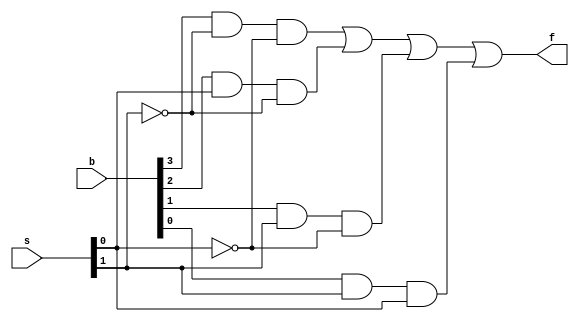
/*
    ID : 1200546
    SECTION : 2
*
*
*/

`timescale 1ns/1ns // to make ns is the default time unit





/*

    Gate
Delay


Inverter        
3 ns


NOR
5 ns


AND
7 ns


OR
7 ns


XNOR
9 ns


XOR
11 ns




*/


module MUX4X1(f,s, b);

    // TIME NEEDED 3 + 7 +7 >= 17 
    input  [0:3] b;
    input [1: 0] s;
    output  f;

    wire [0:3] w;
    wire ns1,ns0; // not s1, not s0

    not #3 (ns1, s[1]);
    not #3 (ns0, s[0]);

    and #7 (w[0] , b[0], ns1 ,ns0) , (w[1] , b[1], s[0] ,ns1), (w[2] , b[2], s[1] ,ns0), (w[3] , b[3],s[1], s[0]); 

    or #7  (f, w[0], w[1], w[2], w[3]);


endmodule

module TSTMUX4;

    reg [0:3] b;
    reg [1: 0] s;
    wire f;
    MUX4X1 tst (.b(b), .s(s), .f(f)) ; // order doesn't matter
    

    initial begin

        $display(" MUX TEST BENCH");

        // $monitor("Time %0d select= %b input = %b OUT= %b\n",$time,s,b,f);
        {s} = 2'b00;
        b = 4'b1010;

        repeat(4) begin

            #21 {s} = {s} + 2'b01; // 1 ns diff between each iteration priting the value  

        end
      

    end

    always #20 $display("Time %0d select= %b input = %b OUT= %b\n",$time,s,b,f); // 20 > 17(mux toal delation )
    always #85 $finish; // 4 cases each case 20 ns  = 80 ns, 85 ns > 80 ns




endmodule


//===================== FULL ADDER ============================
module FULLADDER(sum, cout , a, b, cin);
    
    input a, b, cin;
    output sum, cout;

    wire z1,z2,z3;

    xor #11 (sum,a,b,cin);

    and #7 (z1, a, b);
    and #7 (z2, a, cin);
    and #7 (z3, b, cin);

    or #7 (cout, z1,z2,z3);
    


endmodule



module FA_TEST;

    reg Tcin,Ta,Tb;
    wire Tsum,Tcout;

    FULLADDER DUMMY(.sum(Tsum), .cout(Tcout), .a(Ta), .b(Tb), .cin(Tcin));

    initial  begin
        $display("FULL ADDER TST BENCHMARK");
        // total time must be > 25 ns
        {Tcin,Ta,Tb} = 3'b000;


        repeat(7) begin
            #26 {Tcin,Ta,Tb} = {Tcin,Ta,Tb} +  3'b001;
        end  
          
        
    end
    always #25 $display("Time %0d input = %b %b %b SUM= %b CARRY = %b\n",$time,Ta,Tb,Tcin,Tsum,Tcout); // 1 sec diff between  changing of Ta and Tb and Tcin and printing the value 
    always #500 $finish;




endmodule


//===================== 4 bit  ADDER ============================

module IV_BIT_ADDER(sum,cout,a,b,cin);

    input cin;
    input [3:0] a,b;
    output [3:0] sum;
    output cout;
    wire [2:0] w;

    FULLADDER FA0(.sum(sum[0]), .cout(w[0]), .a(a[0]), .b(b[0]), .cin(cin));
    FULLADDER FA1(.sum(sum[1]), .cout(w[1]), .a(a[1]), .b(b[1]), .cin(w[0]));
    FULLADDER FA2(.sum(sum[2]), .cout(w[2]), .a(a[2]), .b(b[2]), .cin(w[1]));
    FULLADDER FA3(.sum(sum[3]), .cout(cout), .a(a[3]), .b(b[3]), .cin(w[2]));
    

endmodule


module TST_IV_BIT_ADDER; // CHECK FOR BETTER DELAY 

    reg cin;
    reg [3:0] a,b;
    wire [3:0] sum;
    wire cout;

    IV_BIT_ADDER DUMMY(.sum(sum), .cout(cout), .a(a), .b(b), .cin(cin));
  
  	// initial begin 
    //   $dumpfile("dump.vcd"); //FOR ONLINE SIMULATION STUFF
    //   $dumpvars(1);
      
      
    // end

    initial begin
        
        $display("4 BIT ADDER TST BENCHMARK2");

        a = 4'b0000;
        b = 4'b0000;
        cin = 1'b0;

        #70 a = 4'b1111; 
        #70 b = 4'b1001;
        #70 cin = 1'b1;

    end
    always #69 $display("Time %0d input = %b %b %b SUM= %b CARRY = %b\n",$time,a,b,cin,sum,cout); // 1 sec diff between  changing of Ta and Tb and Tcin and printing the value
    always #300 $finish;



endmodule
//===================== SYSTEM============================

module SYSTEM(d,cout,a,b,s,cin);

    input cin;
    input [3:0] a,b;
    input [1:0] s;
    output [3:0] d;
    output cout;
    // wire [2:0] c;
    wire [3:0] y;
    

    MUX4X1 mux0(.b({b[0],~b[0],1'b0,1'b1}), .s(s), .f(y[0]));    
    MUX4X1 mux1(.b({b[1],~b[1],1'b0,1'b1}), .s(s), .f(y[1]));    
    MUX4X1 mux2(.b({b[2],~b[2],1'b0,1'b1}), .s(s), .f(y[2]));    
    MUX4X1 mux3(.b({b[3],~b[3],1'b0,1'b1}), .s(s), .f(y[3]));    
    
    IV_BIT_ADDER ADDER4(.sum(d), .cout(cout), .a(a), .b(y), .cin(cin));


endmodule



// ===================== Carry look ahead adder ============================

module CLA_ADDER(S , Cout , A , B , Cin); // SOURCE OF EQUATIONS : https://www.geeksforgeeks.org/carry-look-ahead-adder/

    input [3:0]A;
    input [3:0]B; 
    input Cin;
    
    output Cout; 
    output[3:0]S; // sum
    
    wire [3:1]C;// C[i + 1 ]  = G[i]  + P[i]& c[i] ,  c[0] = cin

    wire [0:3]P; // Pi = Ai xor Bi
    wire [0:3]G; // Gi  = Ai and Bi 

    ///  Gi 
    and #7 g0(G[0] , A[0] , B[0]);


    
    and #7 g1(G[1] , A[1] , B[1]);
    and #7 g2(G[2] , A[2] , B[2]);
    and #7 g3(G[3] , A[3] , B[3]);
    
    ///  Pi
    xor #11 p0(P[0] , A[0] , B[0]);
    xor #11 p1(P[1] , A[1] , B[1]);
    xor #11 p2(P[2] , A[2] , B[2]);
    xor #11 p3(P[3] , A[3] , B[3]);
    
    ///  C1
    wire tmp1;
    and #7 c11(tmp1 , P[0] , Cin); 
    or  #7 c12(C[1] , G[0] , tmp1); // C[1] = G[0] + P[0]& cin
    
    ///  C2
    wire tmp2; // tmp2 = P[1]& cin
    wire tmp3;// tmp3 = P[1]& cin & G[1]
    and #7 c21(tmp2 , P[1] , G[0]);
    and #7 c22(tmp3 , P[1] , P[0] , Cin);
    or  #7 c23(C[2] , tmp2 , tmp3 , G[1]);
    
    ///  C3
    wire tmp4; // tmp4 = P[2]& G[1]
    wire tmp5;// tmp5 = P[2]& P[1] & G[0]
    wire tmp6; // tmp6 = P[2]& P[1] & P[0] & cin

    and #7  c31(tmp4 , P[2] , G[1]);
    and #7  c32(tmp5 , P[2] , P[1] , G[0]);
    and #7  c33(tmp6 , P[2] , P[1] , P[0] , Cin);
    or  #7  c34(C[3] , tmp4 , tmp5 , tmp6 , G[2]);
    
    ///  Cout (C4) 
    wire tmp7;
    wire tmp8;
    wire tmp9;
    wire tmp10;

    and #7  c41(tmp7 , P[3] , G[2]);
    and #7  c42(tmp8 , P[3] , P[2] , G[1]);
    and #7  c43(tmp9 , P[3] , P[2] , P[1] , G[0]);
    and #7  c44(tmp10 , P[3] , P[2] , P[1] , P[0] , Cin);
    or  #7  c45(Cout , tmp7 , tmp8 , tmp9 , tmp10 , G[3]);
    
    ///  Sums // SUM = Pi XOR Ci

    xor #11 s0(S[0] , P[0] , Cin);
    xor #11 s1(S[1] , P[1] , C[1]);
    xor #11 s2(S[2] , P[2] , C[2]);
    xor #11 s3(S[3] , P[3] , C[3]);
    
endmodule 

module TST_CLA; // SEEMS like 45 ns is the suitable delay
reg [3:0]A;
    reg [3:0]B; 
    reg Cin;
    
    wire Cout; 
    wire [3:0]S; // sum
    
    CLA_ADDER DUMMY(.S(S), .Cout(Cout), .A(A), .B(B), .Cin(Cin));

    initial begin
        $display("CLA TST BENCHMARK");
		A = 4'b0000;
      	B = 4'b0000;
      	Cin = 1'b0;
      
      
      // #34 A = 4'b0001;
        #45 B = 4'b0001;
        // #34 A = 4'b0010;
        #45 B = 4'b1000;
        #45 A = 4'b1110;
        #45 B = 4'b0010;
        #45 Cin = 1'b1;
        #45 B = 4'b1111;
        #45 A = 4'b1000;
    end
    
    always #44 $display("Time %0d A = %b B = %b Cin = %b Cout = %b S = %b\n",$time,A,B,Cin,Cout,S); // 1 sec diff between  changing  and printing the value


    always #500 $finish;

endmodule


module TEST_GENERATOR (d,cout,a,b,s,cin,clk);// every possible combination of inputs

    output reg cin;
    output reg [3:0] a,b;
    output reg [1:0] s;

    input clk; // HERE ?? 
    integer counter;
    output reg [3:0] d; // extra bit for carry 
    output reg cout;
    


    initial begin
        counter = 0;

    end

    always @(posedge clk) begin
        
        if( counter == 2049) // 2048 +  1 extra bit for last case  2    2^11
            $finish;
        {cin, a, b,s} = counter;
        counter = counter + 1;

        // if ({s,cin} == 3'b000 ) begin
        // end

        case({s,cin})

            4'b0000 : begin d = a + b; cout = d[4];end 
            4'b0001 : begin d = a + b + 1;cout = d[4];end
            4'b0010 : begin d = a + ~b; cout = d[4];end
            4'b0011 : begin d = a + ~b + 1 ;cout = d[4];end
            4'b0100 : begin d = a;cout = d[4];end
            4'b0101 : begin d = a +1;cout = d[4];end
            4'b0110 : begin d = a - 1 ;cout = d[4];end
            4'b0111 : begin d = a;cout = d[4];end
            
        endcase

    end

endmodule


module ANALYZER(exact_sum, prob_sum, clk  ); // for direct comparison

    input clk;
    input [4:0] exact_sum;
    input [4:0] prob_sum; // extra bit for carry

    always @( negedge clk) begin // generator is on positive edge, analyzer must be on negative edge

        if( exact_sum != prob_sum ) begin
            // $display("\033[1m"); bold
            $display("ERROR");
            // $display("\033[0m");
        end
        else begin
            $display("OK");
        end


    end


endmodule

module FULL_TEST_R;// for ripple adder 


    wire cin;
    wire [3:0] a,b;
    wire [1:0] s;
    
    reg clk;


    initial begin
       clk = 1; 
    end

    // ==================  =================

    wire [3:0] d; // prob sum, sum that will be tested
    wire cout1;

    wire [3:0] exact_sum;   //  
    wire cout2;

    TEST_GENERATOR TG(.cin(cin), .a(a), .b(b), .s(s), .d(exact_sum), .cout(cout2),.clk(clk));

    SYSTEM DUMMY(.d(d), .cout(cout1), .a(a), .b(b), .s(s), .cin(cin));
    ANALYZER ANLZ(.exact_sum({cout2,exact_sum}),.prob_sum({cout1,d}) ,.clk(clk));

    always #70 clk = ~clk; // By trial : 70 ns is a suitable latency for the system to finish correctly



endmodule



module SYSTEM_CLA(d,cout,a,b,s,cin); // building the whole system

    input cin;
    input [3:0] a,b;
    input [1:0] s;
    output [3:0] d;
    output cout;
    // wire [2:0] c;
    wire [3:0] y;
    

    MUX4X1 mux0(.b({b[0],~b[0],1'b0,1'b1}), .s(s), .f(y[0]));    
    MUX4X1 mux1(.b({b[1],~b[1],1'b0,1'b1}), .s(s), .f(y[1]));    
    MUX4X1 mux2(.b({b[2],~b[2],1'b0,1'b1}), .s(s), .f(y[2]));    
    MUX4X1 mux3(.b({b[3],~b[3],1'b0,1'b1}), .s(s), .f(y[3]));    
    
    CLA_ADDER ADDER4(.S(d), .Cout(cout), .A(a), .B(y), .Cin(cin));


endmodule


module FULL_TEST_CLA;


    wire cin;
    wire [3:0] a,b;
    wire [1:0] s;
    
    reg clk;


    initial begin
       clk = 1; 
    end

    // ==================  =================

    wire [3:0] d; // prob sum
    wire cout1;

    wire [3:0] exact_sum;   //  
    wire cout2;

    TEST_GENERATOR TG(.cin(cin), .a(a), .b(b), .s(s), .d(exact_sum), .cout(cout2),.clk(clk));

    SYSTEM_CLA DUMMY(.d(d), .cout(cout1), .a(a), .b(b), .s(s), .cin(cin));
    ANALYZER ANLZ(.exact_sum({cout2,exact_sum}),.prob_sum({cout1,d}) ,.clk(clk));

    always #55 clk = ~clk; //55 GOOD



endmodule